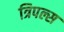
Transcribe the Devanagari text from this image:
त्रिपल्स